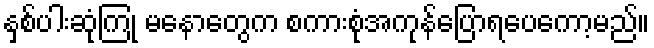
နှစ်ပါးဆုံကြုံ မနောတွေက စကားစုံအကုန်ပြောရပေကော့မည်။